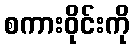
စကားဝိုင်းကို